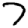
Digit: 7